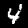
Digit: 4